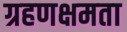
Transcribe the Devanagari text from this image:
ग्रहणक्षमता